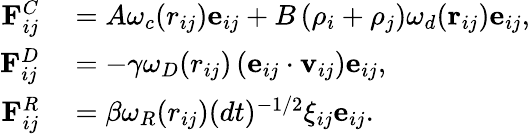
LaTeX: \begin{array}{rl}{\mathbf{F}_{ij}^{C}}&{{}=A\omega_{c}(r_{ij})\mathbf{e}_{ij}+B\left(\rho_{i}+\rho_{j}\right)\omega_{d}(\mathbf{r}_{ij})\mathbf{e}_{ij},}\\ {\mathbf{F}_{ij}^{D}}&{{}=-\gamma\omega_{D}(r_{ij})\left(\mathbf{e}_{ij}\cdot\mathbf{v}_{ij}\right)\mathbf{e}_{ij},}\\ {\mathbf{F}_{ij}^{R}}&{{}=\beta\omega_{R}(r_{ij})(dt)^{-1/2}\xi_{ij}\mathbf{e}_{ij}.}\end{array}